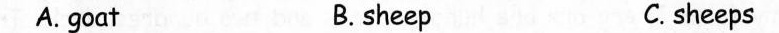
A. goat B. sheep C. sheeps